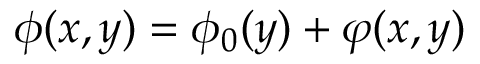
\phi ( x , y ) = \phi _ { 0 } ( y ) + \varphi ( x , y )